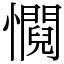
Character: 㦦